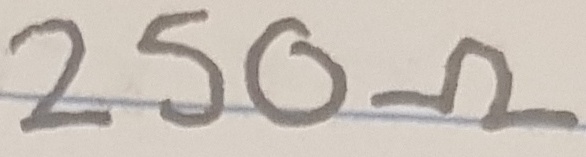
Text: 250Ω